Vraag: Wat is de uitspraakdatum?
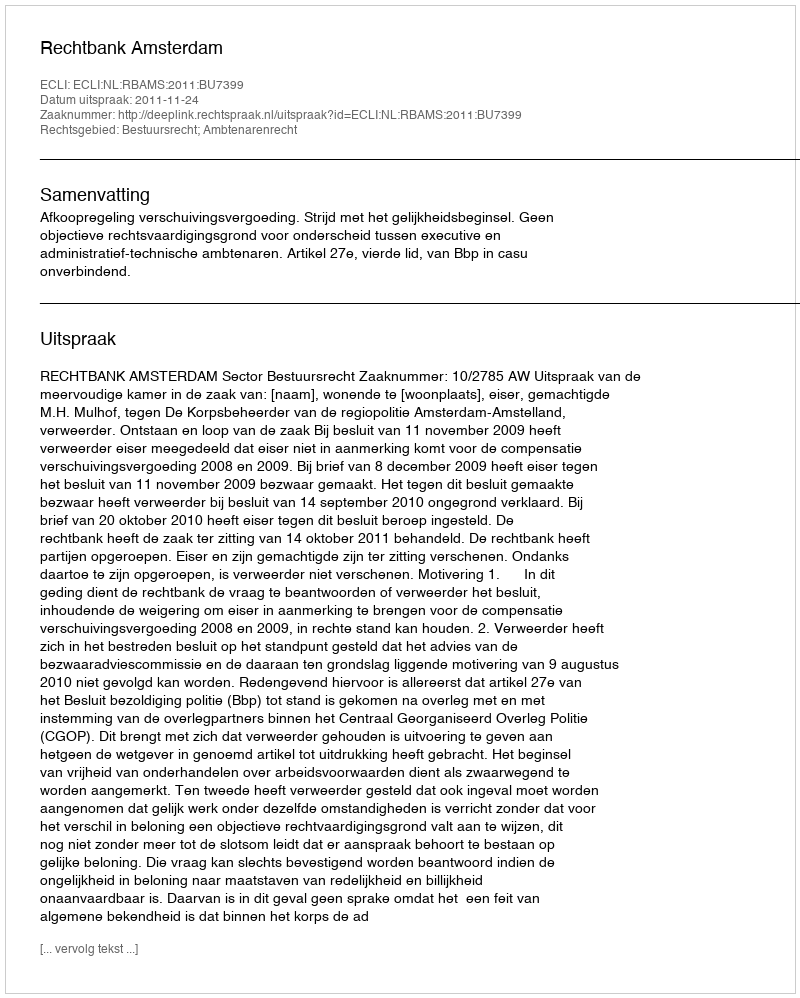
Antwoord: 2011-11-24